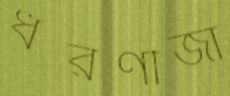
ধরণীজা